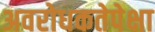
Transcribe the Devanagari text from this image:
अवरोधकतेपेक्षा